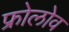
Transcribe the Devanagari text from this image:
फ्रोलोव